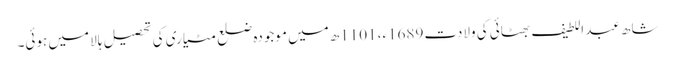
شاھ عبد اللطیف بھٹائی کی ولادت 1689ء، 1101ھ میں موجودہ ضلع مٹیاری کی تحصیل ہالا میں ہوئی۔